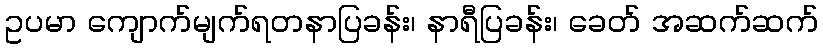
ဥပမာ ကျောက်မျက်ရတနာပြခန်း၊ နာရီပြခန်း၊ ခေတ် အဆက်ဆက်